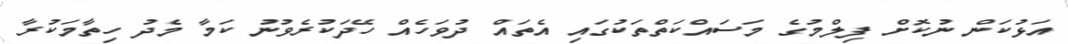
އަޅުކަން ނުކޮށް ފިލްމުގެ މަސައްކަތްތަކުގައި އެތައް ދުވަހެއް ހޭދަކުރެވުނު ކަމާ މެދު ހިތާމަކުރާ